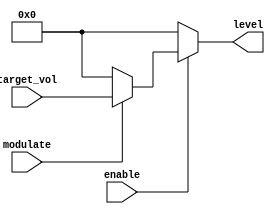
`timescale 1ns / 1ps
//////////////////////////////////////////////////////////////////////////////////
// Company: 
// Engineer: 
// 
// Design Name: 
// Module Name:    sound_channel_mix 
// Project Name: 
// Target Devices: 
// Tool versions: 
// Description: 
//
// Dependencies: 
//
// Revision: 
// Revision 0.01 - File Created
// Additional Comments: 
//
//////////////////////////////////////////////////////////////////////////////////
module sound_channel_mix(
    input enable,
    input modulate,
    input [3:0] target_vol,
    output [3:0] level
    );

    /*// Converting Volume envelope to 2s compliment number
    reg [3:0] target_vol_low;
    wire [3:0] target_vol_high;
    always@(target_vol)
    begin
        case (target_vol)
            4'b0000: target_vol_low = 4'b0000;
            4'b0001: target_vol_low = 4'b1111;
            4'b0010: target_vol_low = 4'b1111;
            4'b0011: target_vol_low = 4'b1110;
            4'b0100: target_vol_low = 4'b1110;
            4'b0101: target_vol_low = 4'b1101;
            4'b0110: target_vol_low = 4'b1101;
            4'b0111: target_vol_low = 4'b1100;
            4'b1000: target_vol_low = 4'b1100;
            4'b1001: target_vol_low = 4'b1011;
            4'b1010: target_vol_low = 4'b1011;
            4'b1011: target_vol_low = 4'b1010;
            4'b1100: target_vol_low = 4'b1010;
            4'b1101: target_vol_low = 4'b1001;
            4'b1110: target_vol_low = 4'b1001;
            4'b1111: target_vol_low = 4'b1000;
        endcase
    end
    assign target_vol_high = {1'b0, target_vol[3:1]};
                                
    assign level = (enable) ? ((modulate) ? (target_vol_high) : (target_vol_low)) : (4'b0000);*/
    
    assign level = (enable) ? ((modulate) ? (target_vol) : (4'b0000)) : (4'b0000);
    
endmodule